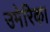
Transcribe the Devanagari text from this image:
उमेरिका